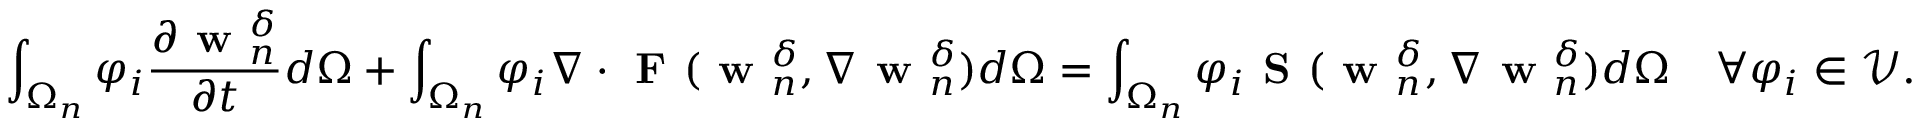
\int _ { \Omega _ { n } } \varphi _ { i } \frac { \partial { \textbf { w } _ { n } ^ { \delta } } } { \partial { t } } d \Omega + \int _ { \Omega _ { n } } \varphi _ { i } \nabla \cdot \textbf { F } ( \textbf { w } _ { n } ^ { \delta } , \nabla \textbf { w } _ { n } ^ { \delta } ) d \Omega = \int _ { \Omega _ { n } } \varphi _ { i } \textbf { S } ( \textbf { w } _ { n } ^ { \delta } , \nabla \textbf { w } _ { n } ^ { \delta } ) d \Omega \quad \forall \varphi _ { i } \in \mathcal { V } .